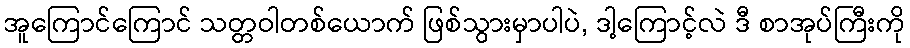
အူကြောင်ကြောင် သတ္တဝါတစ်ယောက် ဖြစ်သွားမှာပါပဲ, ဒါ့ကြောင့်လဲ ဒီ စာအုပ်ကြီးကို